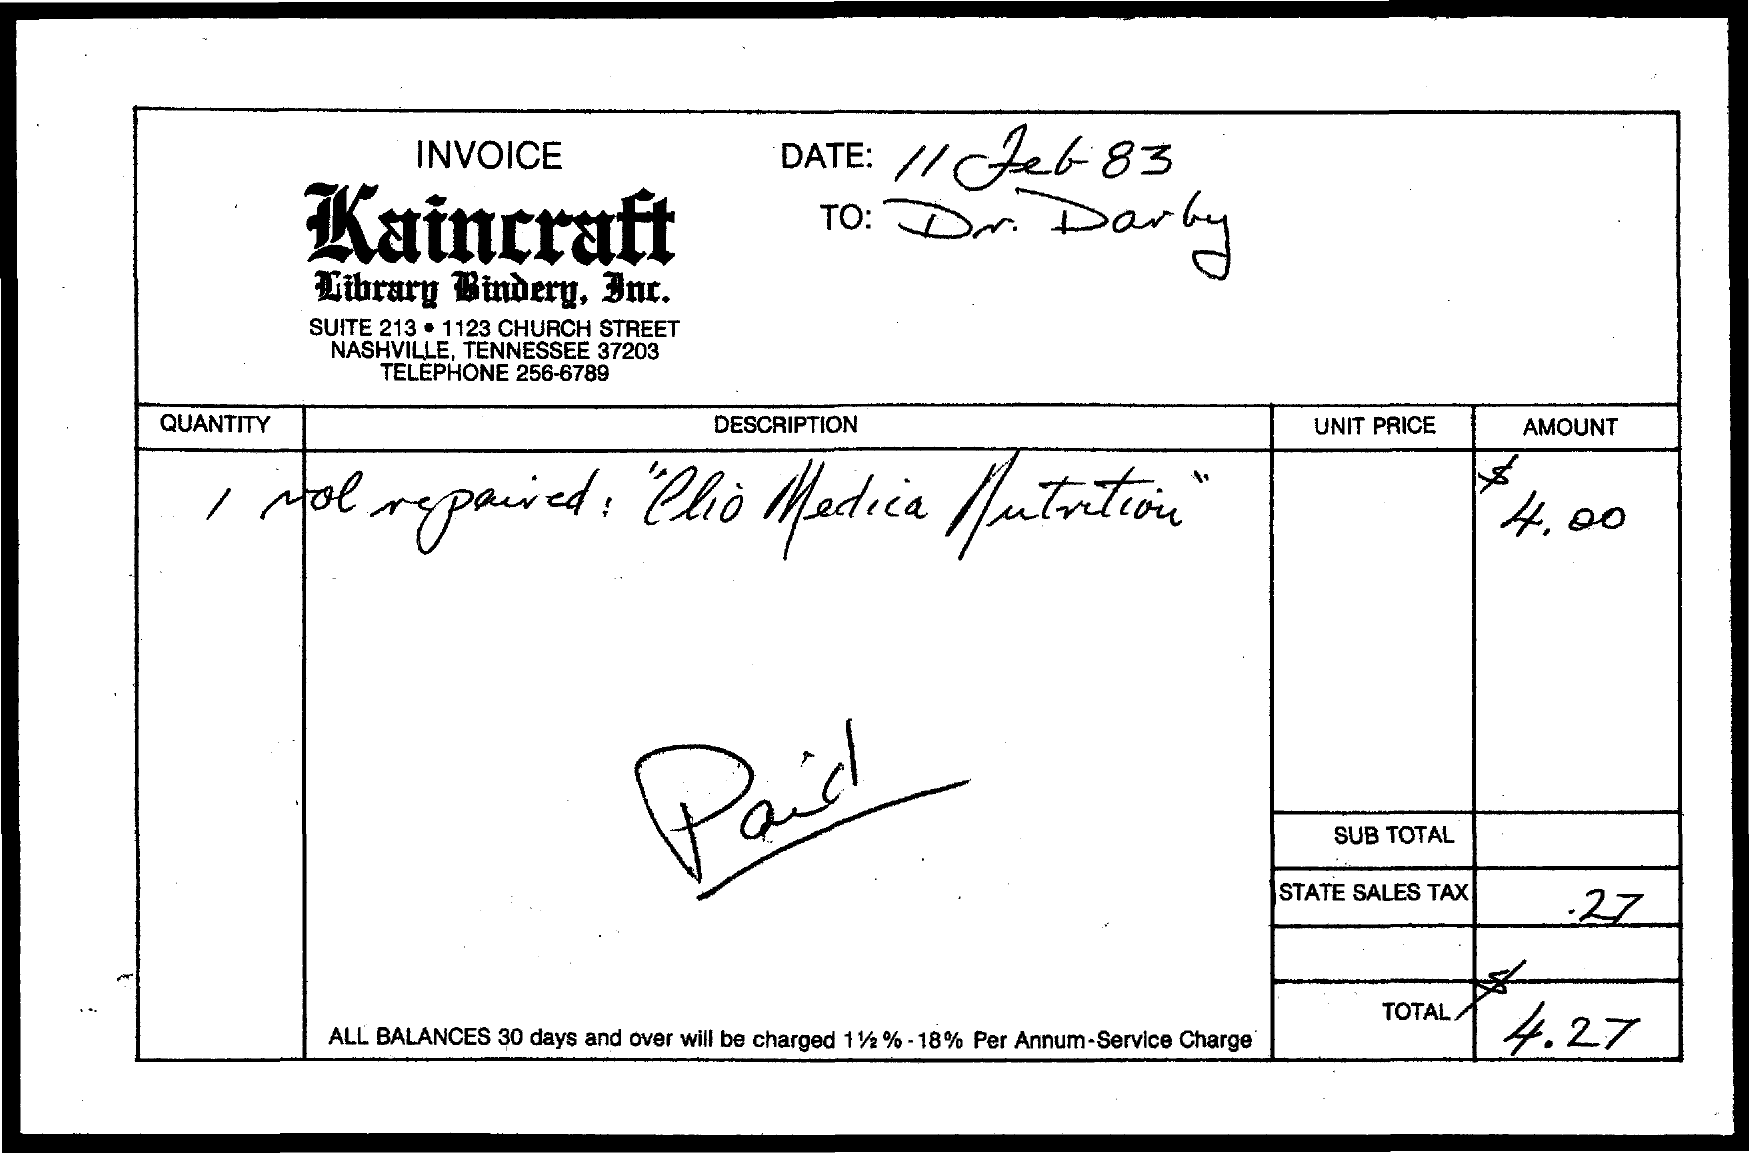
INVOICE    DATE:    //726    83
     Kaincraft    TO:    Dr.    Darby
     Library   Bindery,   Inc.
     SUITE 213 . 1123 CHURCH STREET
     NASHVILLE, TENNESSEE 37203
     TELEPHONE 256-6789
     QUANTITY    DESCRIPTION    UNIT PRICE    AMOUNT
     I   Mol    repaired    :  Clio    Medica    Nutrition    4.00
     Paidl
     SUB TOTAL
     STATE SALES TAX
     :27
     ALL BALANCES 30 days and over will be charged 11/2 % - 18% Per Annum-Service Charge
     TOTAL
     4.27